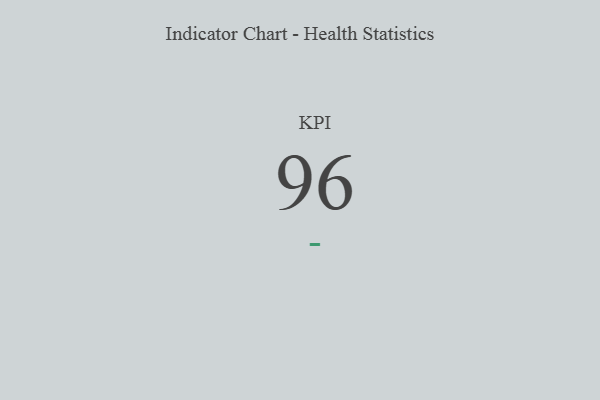
{"axis": {"x": "KPI", "y": "Value"}, "legend": [""], "data": [{"x": "KPI", "y": 96, "type": ""}]}